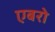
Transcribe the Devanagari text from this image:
एबरो